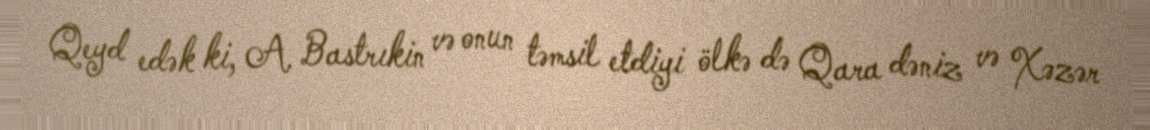
Qeyd edək ki, A. Bastrıkin və onun təmsil etdiyi ölkə də Qara dəniz və Xəzər